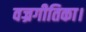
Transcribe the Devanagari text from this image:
वज्रगीतिका।